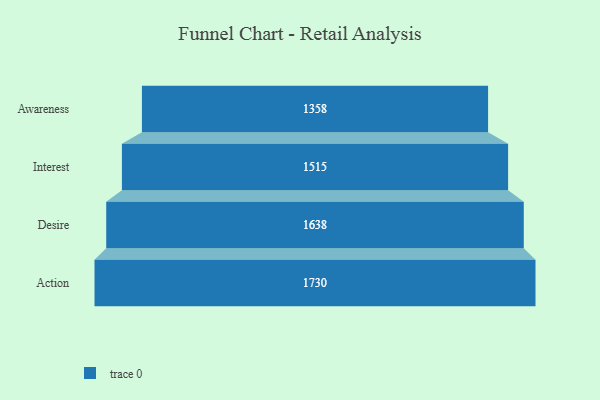
{"axis": {"x": "Stage", "y": "Value"}, "legend": [""], "data": [{"x": "Awareness", "y": 1358.0, "type": ""}, {"x": "Interest", "y": 1515.0, "type": ""}, {"x": "Desire", "y": 1638.0, "type": ""}, {"x": "Action", "y": 1730.0, "type": ""}]}